Indian journal of veterinary science and animal husbandry - Volumes 26-27, 1956-1957
Year: 1956
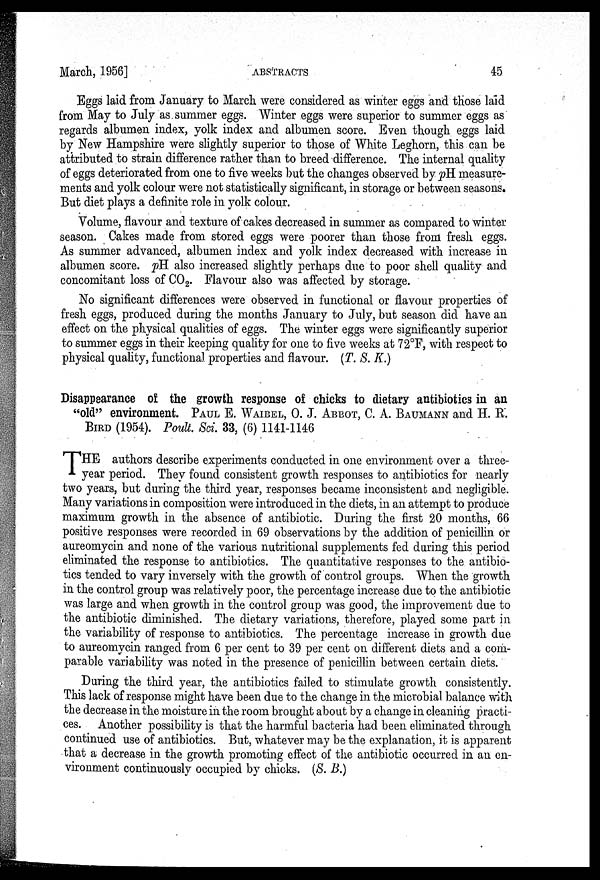
March, 1956]
ABSTRACTS
45
Eggs laid from January to March were considered as winter eggs and those laid
from May to July as summer eggs. Winter eggs were superior to summer eggs as
regards albumen index, yolk index and albumen score. Even though eggs laid
by New Hampshire were slightly superior to those of White Leghorn, this can be
attributed to strain difference rather than to breed difference. The internal quality
of eggs deteriorated from one to five weeks but the changes observed by pH measure-
ments and yolk colour were not statistically significant, in storage or between seasons.
But diet plays a definite role in yolk colour.
Volume, flavour and texture of cakes decreased in summer as compared to winter
season. Cakes made from stored eggs were poorer than those from fresh eggs.
As summer advanced, albumen index and yolk index decreased with increase in
albumen score. pH also increased slightly perhaps due to poor shell quality and
concomitant loss of CO 2 . Flavour also was affected by storage.
No significant differences were observed in functional or flavour properties of
fresh eggs, produced during the months January to July, but season did have an
effect on the physical qualities of eggs. The winter eggs were significantly superior
to summer eggs in their keeping quality for one to five weeks at 72°F, with respect to
physical quality, functional properties and flavour. (T. S. K.)
Disappearance of the growth response of chicks to dietary antibiotics in an
"old" environment. PAUL E. WAIBEL, O. J. ABBOT, C. A. BAUMANN and H. R.
BIRD (1954). Poult. Sci. 33, (6) 1141-1146
THE authors describe experiments conducted in one environment over a three
year period. They found consistent growth responses to antibiotics for nearly
two years, but during the third year, responses became inconsistent and negligible.
Many variations in composition were introduced in the diets, in an attempt to produce
maximum growth in the absence of antibiotic. During the first 20 months, 66
positive responses were recorded in 69 observations by the addition of penicillin or
aureomycin and none of the various nutritional supplements fed during this period
eliminated the response to antibiotics. The quantitative responses to the antibio-
tics tended to vary inversely with the growth of control groups. When the growth
in the control group was relatively poor, the percentage increase due to the antibiotic
was large and when growth in the control group was good, the improvement due to
the antibiotic diminished. The dietary variations, therefore, played some part in
the variability of response to antibiotics. The percentage increase in growth due
to aureomycin ranged from 6 per cent to 39 per cent on different diets and a com-
parable variability was noted in the presence of penicillin between certain diets.
During the third year, the antibiotics failed to stimulate growth consistently.
This lack of response might have been due to the change in the microbial balance with
the decrease in the moisture in the room brought about by a change in cleaning practi-
ces. Another possibility is that the harmful bacteria had been eliminated through
continued use of antibiotics. But, whatever may be the explanation, it is apparent
that a decrease in the growth promoting effect of the antibiotic occurred in an en-
vironment continuously occupied by chicks. (S. B.)